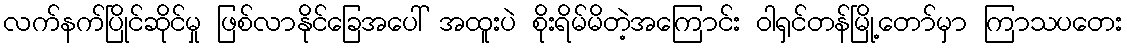
လက်နက်ပြိုင်ဆိုင်မှု ဖြစ်လာနိုင်ခြေအပေါ် အထူးပဲ စိုးရိမ်မိတဲ့အကြောင်း ဝါရှင်တန်မြို့တော်မှာ ကြာသပတေး